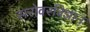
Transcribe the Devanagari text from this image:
सरोवरविज्ञान